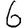
Digit: 6